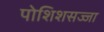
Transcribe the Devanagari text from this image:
पोशिशसज्जा